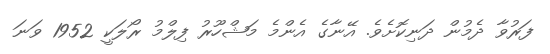
ފަރުވާ ދެމުން ދަނިކޮށެވެ. އޭނާގެ އެންމެ މަޝްހޫރު ފިލްމު ރޯލަކީ 1952 ވަނަ